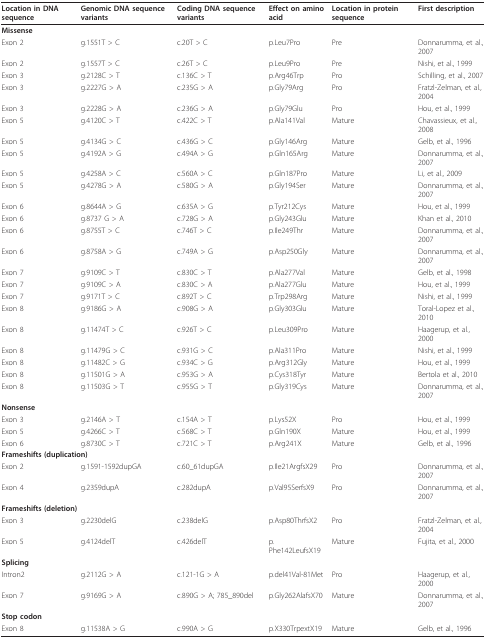
<table><thead><tr><td><b>Location in DNA sequence</b></td><td><b>Genomic DNA sequence variants</b></td><td><b>Coding DNA sequence variants</b></td><td><b>Effect on amino acid</b></td><td><b>Location in protein sequence</b></td><td><b>First description</b></td></tr></thead><tbody><tr><td colspan="6"><b>Missense</b></td></tr><tr><td>Exon 2</td><td>g.1551T &gt; C</td><td>c.20T &gt; C</td><td>p.Leu7Pro</td><td>Pre</td><td>Donnarumma, et al., 2007</td></tr><tr><td>Exon 2</td><td>g.1557T &gt; C</td><td>c.26T &gt; C</td><td>p.Leu9Pro</td><td>Pre</td><td>Nishi, et al., 1999</td></tr><tr><td>Exon 3</td><td>g.2128C &gt; T</td><td>c.136C &gt; T</td><td>p.Arg46Trp</td><td>Pro</td><td>Schilling, et al., 2007</td></tr><tr><td>Exon 3</td><td>g.2227G &gt; A</td><td>c.235G &gt; A</td><td>p.Gly79Arg</td><td>Pro</td><td>Fratzl-Zelman, et al., 2004</td></tr><tr><td>Exon 3</td><td>g.2228G &gt; A</td><td>c.236G &gt; A</td><td>p.Gly79Glu</td><td>Pro</td><td>Hou, et al., 1999</td></tr><tr><td>Exon 5</td><td>g.4120C &gt; T</td><td>c.422C &gt; T</td><td>p.Ala141Val</td><td>Mature</td><td>Chavassieux, et al., 2008</td></tr><tr><td>Exon 5</td><td>g.4134G &gt; C</td><td>c.436G &gt; C</td><td>p.Gly146Arg</td><td>Mature</td><td>Gelb, et al., 1996</td></tr><tr><td>Exon 5</td><td>g.4192A &gt; G</td><td>c.494A &gt; G</td><td>p.Gln165Arg</td><td>Mature</td><td>Donnarumma, et al., 2007</td></tr><tr><td>Exon 5</td><td>g.4258A &gt; C</td><td>c.560A &gt; C</td><td>p.Gln187Pro</td><td>Mature</td><td>Li, et al., 2009</td></tr><tr><td>Exon 5</td><td>g.4278G &gt; A</td><td>c.580G &gt; A</td><td>p.Gly194Ser</td><td>Mature</td><td>Donnarumma, et al., 2007</td></tr><tr><td>Exon 6</td><td>g.8644A &gt; G</td><td>c.635A &gt; G</td><td>p.Tyr212Cys</td><td>Mature</td><td>Hou, et al., 1999</td></tr><tr><td>Exon 6</td><td>g.8737 G &gt; A</td><td>c.728G &gt; A</td><td>p.Gly243Glu</td><td>Mature</td><td>Khan et al., 2010</td></tr><tr><td>Exon 6</td><td>g.8755T &gt; C</td><td>c.746T &gt; C</td><td>p.Ile249Thr</td><td>Mature</td><td>Donnarumma, et al., 2007</td></tr><tr><td>Exon 6</td><td>g.8758A &gt; G</td><td>c.749A &gt; G</td><td>p.Asp250Gly</td><td>Mature</td><td>Donnarumma, et al., 2007</td></tr><tr><td>Exon 7</td><td>g.9109C &gt; T</td><td>c.830C &gt; T</td><td>p.Ala277Val</td><td>Mature</td><td>Gelb, et al., 1998</td></tr><tr><td>Exon 7</td><td>g.9109C &gt; A</td><td>c.830C &gt; A</td><td>p.Ala277Glu</td><td>Mature</td><td>Hou, et al., 1999</td></tr><tr><td>Exon 7</td><td>g.9171T &gt; C</td><td>c.892T &gt; C</td><td>p.Trp298Arg</td><td>Mature</td><td>Nishi, et al., 1999</td></tr><tr><td>Exon 8</td><td>g.9186G &gt; A</td><td>c.908G &gt; A</td><td>p.Gly303Glu</td><td>Mature</td><td>Toral-Lopez et al., 2010</td></tr><tr><td>Exon 8</td><td>g.11474T &gt; C</td><td>c.926T &gt; C</td><td>p.Leu309Pro</td><td>Mature</td><td>Haagerup, et al., 2000</td></tr><tr><td>Exon 8</td><td>g.11479G &gt; C</td><td>c.931G &gt; C</td><td>p.Ala311Pro</td><td>Mature</td><td>Nishi, et al., 1999</td></tr><tr><td>Exon 8</td><td>g.11482C &gt; G</td><td>c.934C &gt; G</td><td>p.Arg312Gly</td><td>Mature</td><td>Hou, et al., 1999</td></tr><tr><td>Exon 8</td><td>g.11501G &gt; A</td><td>c.953G &gt; A</td><td>p.Cys318Tyr</td><td>Mature</td><td>Bertola et al., 2010</td></tr><tr><td>Exon 8</td><td>g.11503G &gt; T</td><td>c.955G &gt; T</td><td>p.Gly319Cys</td><td>Mature</td><td>Donnarumma, et al., 2007</td></tr><tr><td colspan="6"><b>Nonsense</b></td></tr><tr><td>Exon 3</td><td>g.2146A &gt; T</td><td>c.154A &gt; T</td><td>p.Lys52X</td><td>Pro</td><td>Hou, et al., 1999</td></tr><tr><td>Exon 5</td><td>g.4266C &gt; T</td><td>c.568C &gt; T</td><td>p.Gln190X</td><td>Mature</td><td>Hou, et al., 1999</td></tr><tr><td>Exon 6</td><td>g.8730C &gt; T</td><td>c.721C &gt; T</td><td>p.Arg241X</td><td>Mature</td><td>Gelb, et al., 1996</td></tr><tr><td colspan="6"><b>Frameshifts (duplication)</b></td></tr><tr><td>Exon 2</td><td>g.1591-1592dupGA</td><td>c.60_61dupGA</td><td>p.Ile21ArgfsX29</td><td>Pro</td><td>Donnarumma, et al., 2007</td></tr><tr><td>Exon 4</td><td>g.2359dupA</td><td>c.282dupA</td><td>p.Val95SerfsX9</td><td>Pro</td><td>Donnarumma, et al., 2007</td></tr><tr><td colspan="6"><b>Frameshifts (deletion)</b></td></tr><tr><td>Exon 3</td><td>g.2230delG</td><td>c.238delG</td><td>p.Asp80ThrfsX2</td><td>Pro</td><td>Fratzl-Zelman, et al., 2004</td></tr><tr><td>Exon 5</td><td>g.4124delT</td><td>c.426delT</td><td>p.Phe142LeufsX19</td><td>Mature</td><td>Fujita, et al., 2000</td></tr><tr><td colspan="6"><b>Splicing</b></td></tr><tr><td>Intron2</td><td>g.2112G &gt; A</td><td>c.121-1G &gt; A</td><td>p.del41Val-81Met</td><td>Pro</td><td>Haagerup, et al., 2000</td></tr><tr><td>Exon 7</td><td>g.9169G &gt; A</td><td>c.890G &gt; A; 785_890del</td><td>p.Gly262AlafsX70</td><td>Mature</td><td>Donnarumma, et al., 2007</td></tr><tr><td colspan="6"><b>Stop codon</b></td></tr><tr><td>Exon 8</td><td>g.11538A &gt; G</td><td>c.990A &gt; G</td><td>p.X330TrpextX19</td><td>Mature</td><td>Gelb, et al., 1996</td></tr></tbody></table>